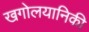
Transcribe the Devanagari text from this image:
खगोलयानिकी